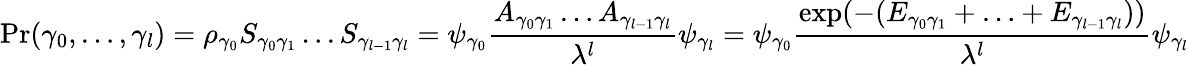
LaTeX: {\textrm{Pr}}(\gamma_{0},\ldots,\gamma_{l})=\rho_{\gamma_{0}}S_{\gamma_{0}\gamma_{1}}\ldots S_{\gamma_{l-1}\gamma_{l}}=\psi_{\gamma_{0}}{\frac{A_{\gamma_{0}\gamma_{1}}\ldots A_{\gamma_{l-1}\gamma_{l}}}{\lambda^{l}}}\psi_{\gamma_{l}}=\psi_{\gamma_{0}}{\frac{\exp(-(E_{\gamma_{0}\gamma_{1}}+\ldots+E_{\gamma_{l-1}\gamma_{l}}))}{\lambda^{l}}}\psi_{\gamma_{l}}